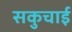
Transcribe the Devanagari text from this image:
सकुचाई